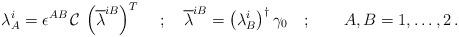
LaTeX: \begin{align*}\lambda^i_A=\epsilon^{AB} \, \mathcal{C} \, \left(\overline{\lambda}^{iB}\right) ^T \, \quad ; \quad\overline{\lambda}^{iB}= \left( \lambda_{B}^i\right) ^\dagger\gamma_0 \quad ; \quad ~~~A,B=1,\dots,2\,.\end{align*}